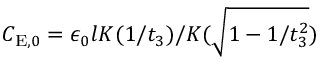
C _ { \mathrm { E } , 0 } = \epsilon _ { 0 } l K ( 1 / t _ { 3 } ) / K ( \sqrt { 1 - 1 / t _ { 3 } ^ { 2 } } )